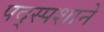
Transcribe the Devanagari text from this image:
पद्स्पशाने